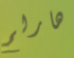
هارلم